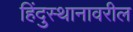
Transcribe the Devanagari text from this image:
हिंदुस्थानावरील